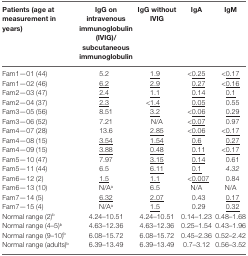
<table><thead><tr><td><b>Patients (age at measurement in years)</b></td><td><b>IgG on intravenous immunoglobulin (IVIG)/subcutaneous immunoglobulin</b></td><td><b>IgG without IVIG</b></td><td><b>IgA</b></td><td><b>IgM</b></td></tr></thead><tbody><tr><td>Fam1—01 (44)</td><td>5.2</td><td><underline>1.9</underline></td><td><underline>&lt;0.25</underline></td><td><underline>&lt;0.17</underline></td></tr><tr><td>Fam1—02 (46)</td><td><underline>6.2</underline></td><td><underline>2.9</underline></td><td><underline>0.27</underline></td><td><underline>&lt;0.16</underline></td></tr><tr><td>Fam2—03 (47)</td><td><underline>2.4</underline></td><td><underline>1.1</underline></td><td><underline>0.14</underline></td><td><underline>0.1</underline></td></tr><tr><td>Fam2—04 (37)</td><td><underline>2.3</underline></td><td><underline>&lt;1.4</underline></td><td><underline>0.05</underline></td><td>0.55</td></tr><tr><td>Fam3—05 (56)</td><td>8.51</td><td><underline>3.2</underline></td><td><underline>&lt;0.06</underline></td><td><underline>0.29</underline></td></tr><tr><td>Fam3—06 (52)</td><td>7.21</td><td>N/A</td><td><underline>&lt;0.07</underline></td><td>0.97</td></tr><tr><td>Fam4—07 (28)</td><td>13.6</td><td><underline>2.85</underline></td><td><underline>&lt;0.06</underline></td><td><underline>&lt;0.17</underline></td></tr><tr><td>Fam4—08 (15)</td><td><underline>3.54</underline></td><td><underline>1.54</underline></td><td><underline>0.6</underline></td><td><underline>0.27</underline></td></tr><tr><td>Fam4—09 (15)</td><td><underline>3.88</underline></td><td><underline>0.48</underline></td><td><underline>0.11</underline></td><td><underline>&lt;0.17</underline></td></tr><tr><td>Fam5—10 (47)</td><td>7.97</td><td><underline>3.15</underline></td><td><underline>0.14</underline></td><td>0.61</td></tr><tr><td>Fam5—11 (44)</td><td>6.5</td><td><underline>6.11</underline></td><td><underline>0.1</underline></td><td><i>4.32</i></td></tr><tr><td>Fam6—12 (2)</td><td><underline>1.5</underline></td><td><underline>1.1</underline></td><td><underline>&lt;0.007</underline></td><td>0.84</td></tr><tr><td>Fam6—13 (10)</td><td>N/A<sup>a</sup></td><td>6.5</td><td>N/A</td><td>N/A</td></tr><tr><td>Fam7—14 (5)</td><td><underline>6.32</underline></td><td><underline>2.07</underline></td><td>0.43</td><td><underline>0.17</underline></td></tr><tr><td>Fam7—15 (4)</td><td>N/A<sup>a</sup></td><td><underline>1.5</underline></td><td>0.29</td><td><underline>0.32</underline></td></tr><tr><td>Normal range (2)<sup>b</sup></td><td>4.24–10.51</td><td>4.24–10.51</td><td>0.14–1.23</td><td>0.48–1.68</td></tr><tr><td>Normal range (4–5)<sup>b</sup></td><td>4.63–12.36</td><td>4.63–12.36</td><td>0.25–1.54</td><td>0.43–1.96</td></tr><tr><td>Normal range (9–10)<sup>b</sup></td><td>6.08–15.72</td><td>6.08–15.72</td><td>0.45–2.36</td><td>0.52–2.42</td></tr><tr><td>Normal range (adults)<sup>b</sup></td><td>6.39–13.49</td><td>6.39–13.49</td><td>0.7–3.12</td><td>0.56–3.52</td></tr></tbody></table>